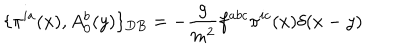
\{ \pi ^ { i a } ( x ) , A _ { 0 } ^ { b } ( y ) \} _ { D B } = - \frac { g } { m ^ { 2 } } f ^ { a b c } \pi ^ { i c } ( x ) \delta ( x - y ) \nonumber